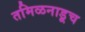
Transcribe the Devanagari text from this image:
तमिळनाडूच